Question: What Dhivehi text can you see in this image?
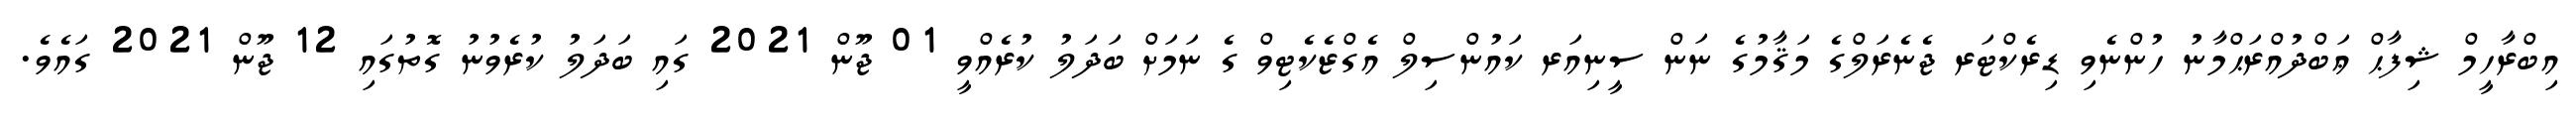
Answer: އިބްރާހީމް ޝިފާޙް ޢަބްދުއްރަޙްމާނު ހުންނެވި ޑިރެކްޓަރ ޖެނެރަލްގެ މަޤާމުގެ ނަން ސީނިއަރ ކައުންސިލް އެގްޒެކެޓިވް ގެ ނަމަށް ބަދަލު ކުރެއްވީ 01 ޖޫން 2021 ގައި ބަދަލު ކުރެވުނު ގޮތުގައި 12 ޖޫން 2021 ގައެވެ.